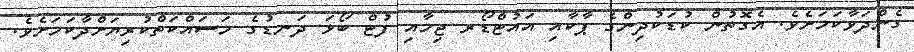
ގެންދަވާކަމަށެވެ. އެގޮތުން ކުޑަކުދިންގެ ޕާކާއި އައުޓްޑޯރ ޖިމާއި ފުޓް ބޯޅަ ދަނޑުގެ މަސައްކަތްކުރިޔަށްދާކަމަށެވެ.